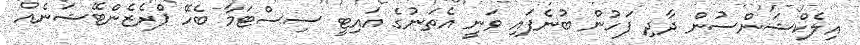
އިލެކްޝަންސުން ދާދި ފަހުން ބުނެފައި ވަނީ އެތަނުގެ އައިޓީ ސިސްޓަމާ ބެހޭ ޕްރެޒެންޓޭޝަނެއް